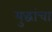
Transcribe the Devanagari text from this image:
युद्धांचा